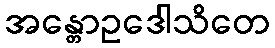
အန္တောဥဒေါသိတေ